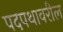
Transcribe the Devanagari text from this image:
पदपथावरील